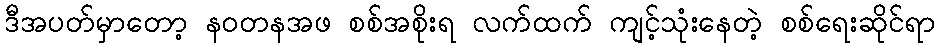
ဒီအပတ်မှာတော့ နဝတနအဖ စစ်အစိုးရ လက်ထက် ကျင့်သုံးနေတဲ့ စစ်ရေးဆိုင်ရာ